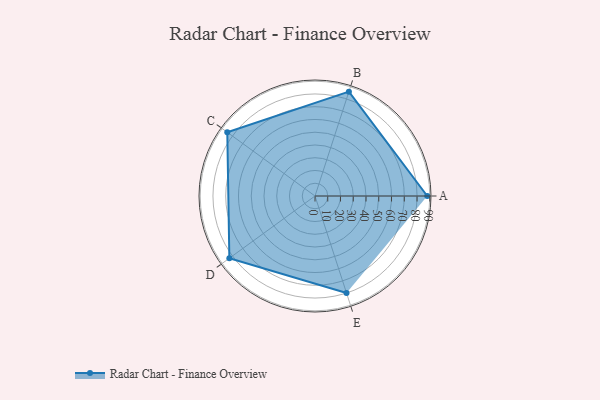
{"axis": {"x": "Skill", "y": "Score"}, "legend": ["Profile"], "data": [{"x": "A", "y": 88.0, "type": "Profile"}, {"x": "B", "y": 86.0, "type": "Profile"}, {"x": "C", "y": 85.0, "type": "Profile"}, {"x": "D", "y": 83.0, "type": "Profile"}, {"x": "E", "y": 80.0, "type": "Profile"}]}